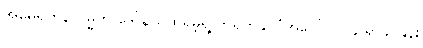
အမေရိကန်သမ္မတ ဒေါ်နယ်ထရမ့်ရဲ့ တရုတ်နိုင်ငံအပေါ် ၁၀၄ ရာခိုင်နှုန်း